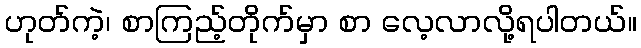
ဟုတ်ကဲ့၊ စာကြည့်တိုက်မှာ စာ လေ့လာလို့ရပါတယ်။